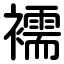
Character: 襦